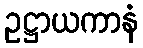
ဥဋ္ဌာယကာနံ